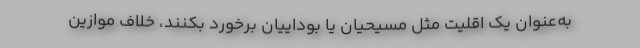
به‌عنوان یک اقلیت مثل مسیحیان یا بوداییان برخورد بکنند، خلاف موازین